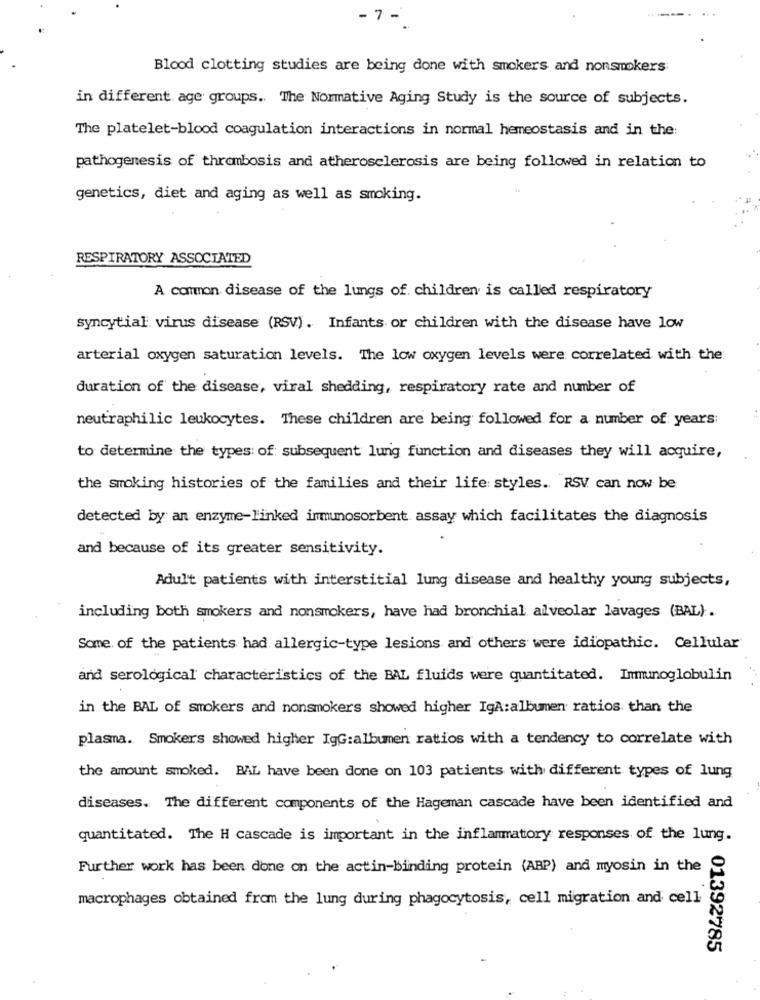
- 7-
Blood clotting studies are being done with smokers and nonsmokers
in different age groups. The Normative Aging Study is the source of subjects.
The platelet-blood coagulation interactions in normal hemeostasis and in the:
pathogenesis of thrombosis and atherosclerosis are being followed in relation to
genetics, diet and aging as well as smoking.
RESPIRATORY ASSOCIATED
A common disease of the lungs of children is called respiratory
syncytial virus disease (RSV). Infants or children with the disease have low
arterial oxygen saturation levels. The low oxygen levels were correlated with the
duration of the disease, viral shedding, respiratory rate and number of
neutraphilic leukocytes. These children are being followed for a number of years:
to determine the types of subsequent lung function and diseases they will acquire,
the smoking histories of the families and their life: styles. RSV can now be
detected by an enzyme-linked immunosorbent assay which facilitates the diagnosis
and because of its greater sensitivity.
Adult patients with interstitial lung disease and healthy young subjects,
including both smokers and nonsmokers, have had bronchial alveolar lavages (BAL).
Some of the patients had allergic-type lesions and others were idiopathic. Cellular
and serological characteristics of the BAL fluids were quantitated. Immunoglobulin
in the BAL of smokers and nonsmokers showed higher IgA:albumen ratios than the
plasma. Smokers showed higher IgG:albumen ratios with a tendency to correlate with
the amount smoked. BAL have been done on 103 patients with different types of lung
diseases. The different components of the Hageman cascade have been identified and
quantitated. The H cascade is important in the inflammatory responses of the lung.
Further work has been done on the actin-binding protein (ABP) and myosin in the
macrophages obtained from the lung during phagocytosis, cell migration and cell
01392785